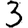
Digit: 3